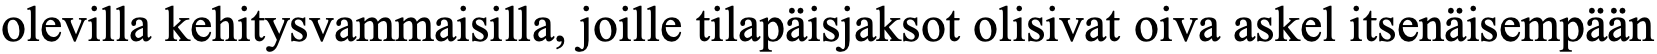
olevilla kehitysvammaisilla, joille tilapäisjaksot olisivat oiva askel itsenäisempään